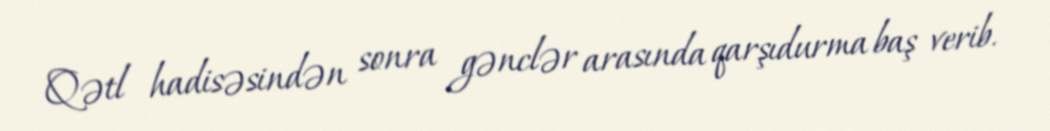
Qətl hadisəsindən sonra gənclər arasında qarşıdurma baş verib.